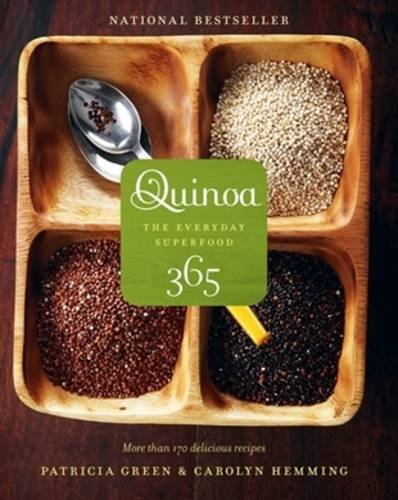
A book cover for Quinoa 365: The Everyday Superfood; Patricia Green; Cookbooks, Food & Wine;